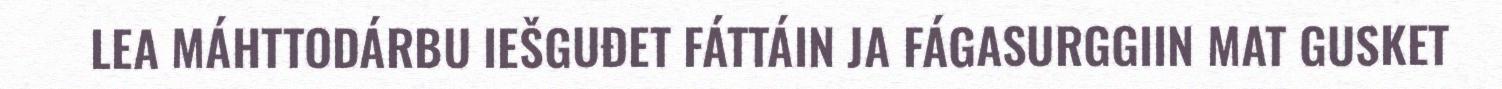
LEA MÁHTTODÁRBU IEŠGUĐET FÁTTÁIN JA FÁGASURGGIIN MAT GUSKET